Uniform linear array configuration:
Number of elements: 48
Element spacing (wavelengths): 0.5
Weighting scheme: cosine
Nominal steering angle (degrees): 60
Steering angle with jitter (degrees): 58.692
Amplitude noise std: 0.05
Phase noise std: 0.05

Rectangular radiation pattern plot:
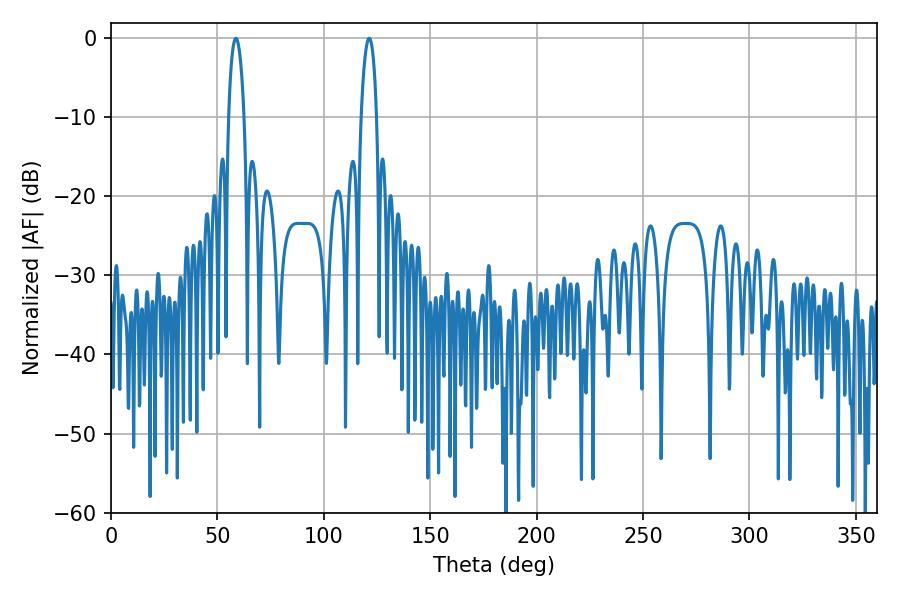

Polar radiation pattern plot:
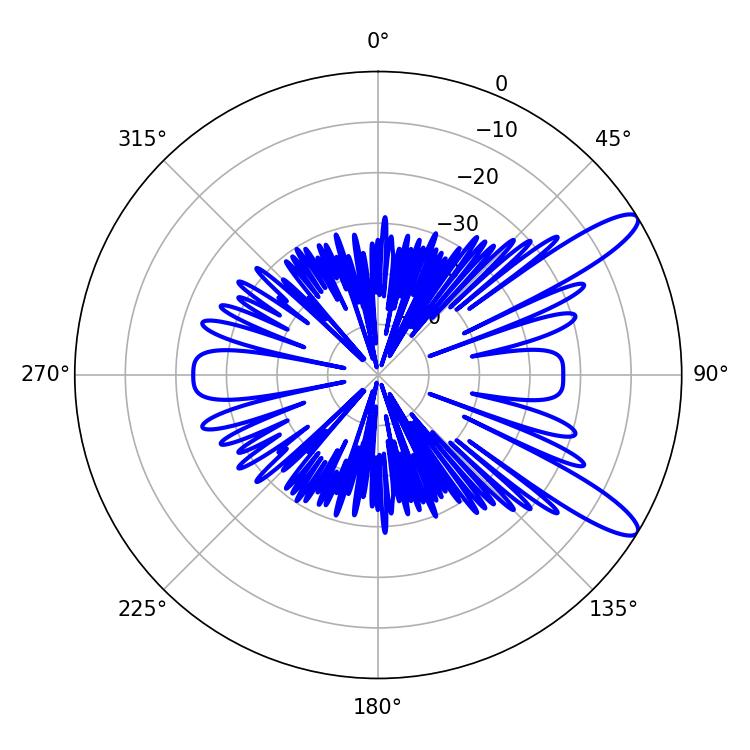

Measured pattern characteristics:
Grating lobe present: FALSE
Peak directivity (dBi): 11.669
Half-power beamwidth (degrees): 4.14
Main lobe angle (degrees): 58.68